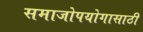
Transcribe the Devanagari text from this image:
समाजोपयोगासाठी